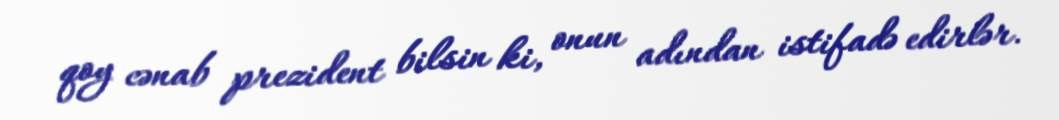
qoy cənab prezident bilsin ki, onun adından istifadə edirlər.